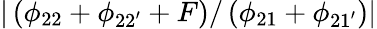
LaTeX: |\left(\phi_{22}+\phi_{22^{\prime}}+F\right)/\left(\phi_{21}+\phi_{21^{\prime}}\right)|